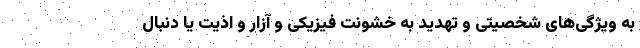
به ویژگی‌های شخصیتی و تهدید به خشونت فیزیکی و آزار و اذیت یا دنبال